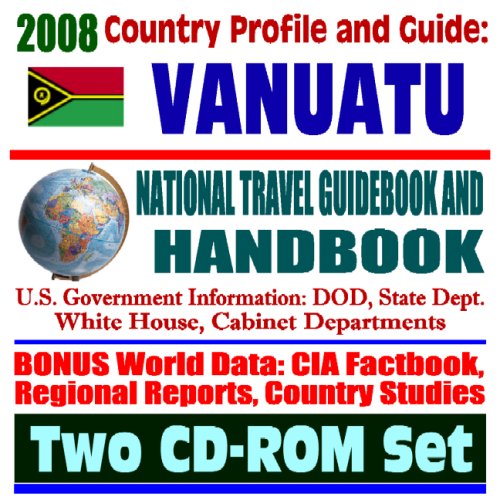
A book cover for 2008 Country Profile and Guide to Vanuatu (formerly New Hebrides) - National Travel Guidebook and Handbook - Volcanoes, Earthquakes, U.S. Relations (Two CD-ROM Set); U.S. Government; Travel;